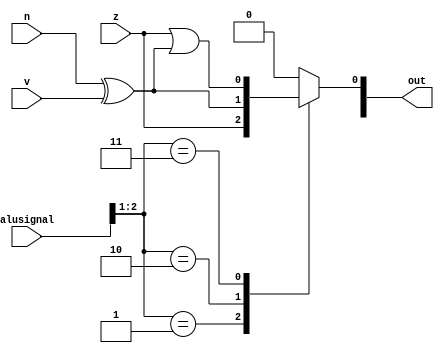
module comparator_7 (
    input z,
    input v,
    input n,
    input [5:0] alusignal,
    output reg [15:0] out
  );
  
  
  
  always @* begin
    
    case (alusignal[1+1-:2])
      2'h1: begin
        out[0+0-:1] = z;
      end
      2'h2: begin
        out[0+0-:1] = n ^ v;
      end
      2'h3: begin
        out[0+0-:1] = z | (n ^ v);
      end
      default: begin
        out[0+0-:1] = 1'h0;
      end
    endcase
  end
endmodule